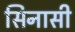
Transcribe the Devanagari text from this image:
सिनासी